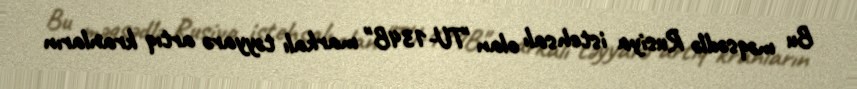
Bu məqsədlə Rusiya istehsalı olan "TU-134B" markalı təyyarə artıq kranların